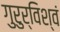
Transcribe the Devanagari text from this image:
गुरुर्विश्वं